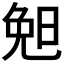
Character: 𣆶